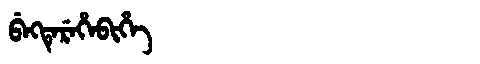
Manchu: ᠪᡝᡴᡨᡝᡵᡝᡥᡝᠪᡳᡥᡝ
Romanization: BEKTEREHEBIHE